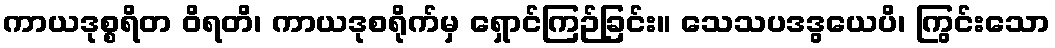
ကာယဒုစ္စရိတ ဝိရတိ၊ ကာယဒုစရိုက်မှ ရှောင်ကြဉ်ခြင်း။ သေသပဒဒွယေပိ၊ ကြွင်းသော